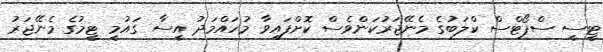
ޓީސީ ސްޕޯޓްސް ކްލަބުގެ މެނޭޖަރުކަންވެސް ކޮށްފައިވާ މުހައްމަދު އީސާ ގައުމީ ޓީމުގެ މެނޭޖަރު